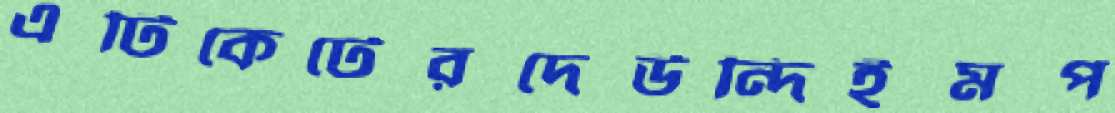
এটিকেটেরদেউন্দিইমপ